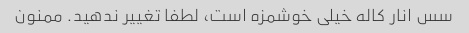
سس انار کاله خیلی خوشمزه است، لطفا تغییر ندهید. ممنون